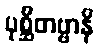
ပုစ္ဆိတဗ္ဗာနိ